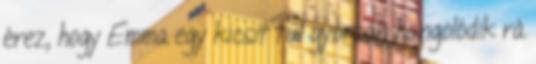
érez, hogy Emma egy kicsit túl gyorsan hangolódik rá